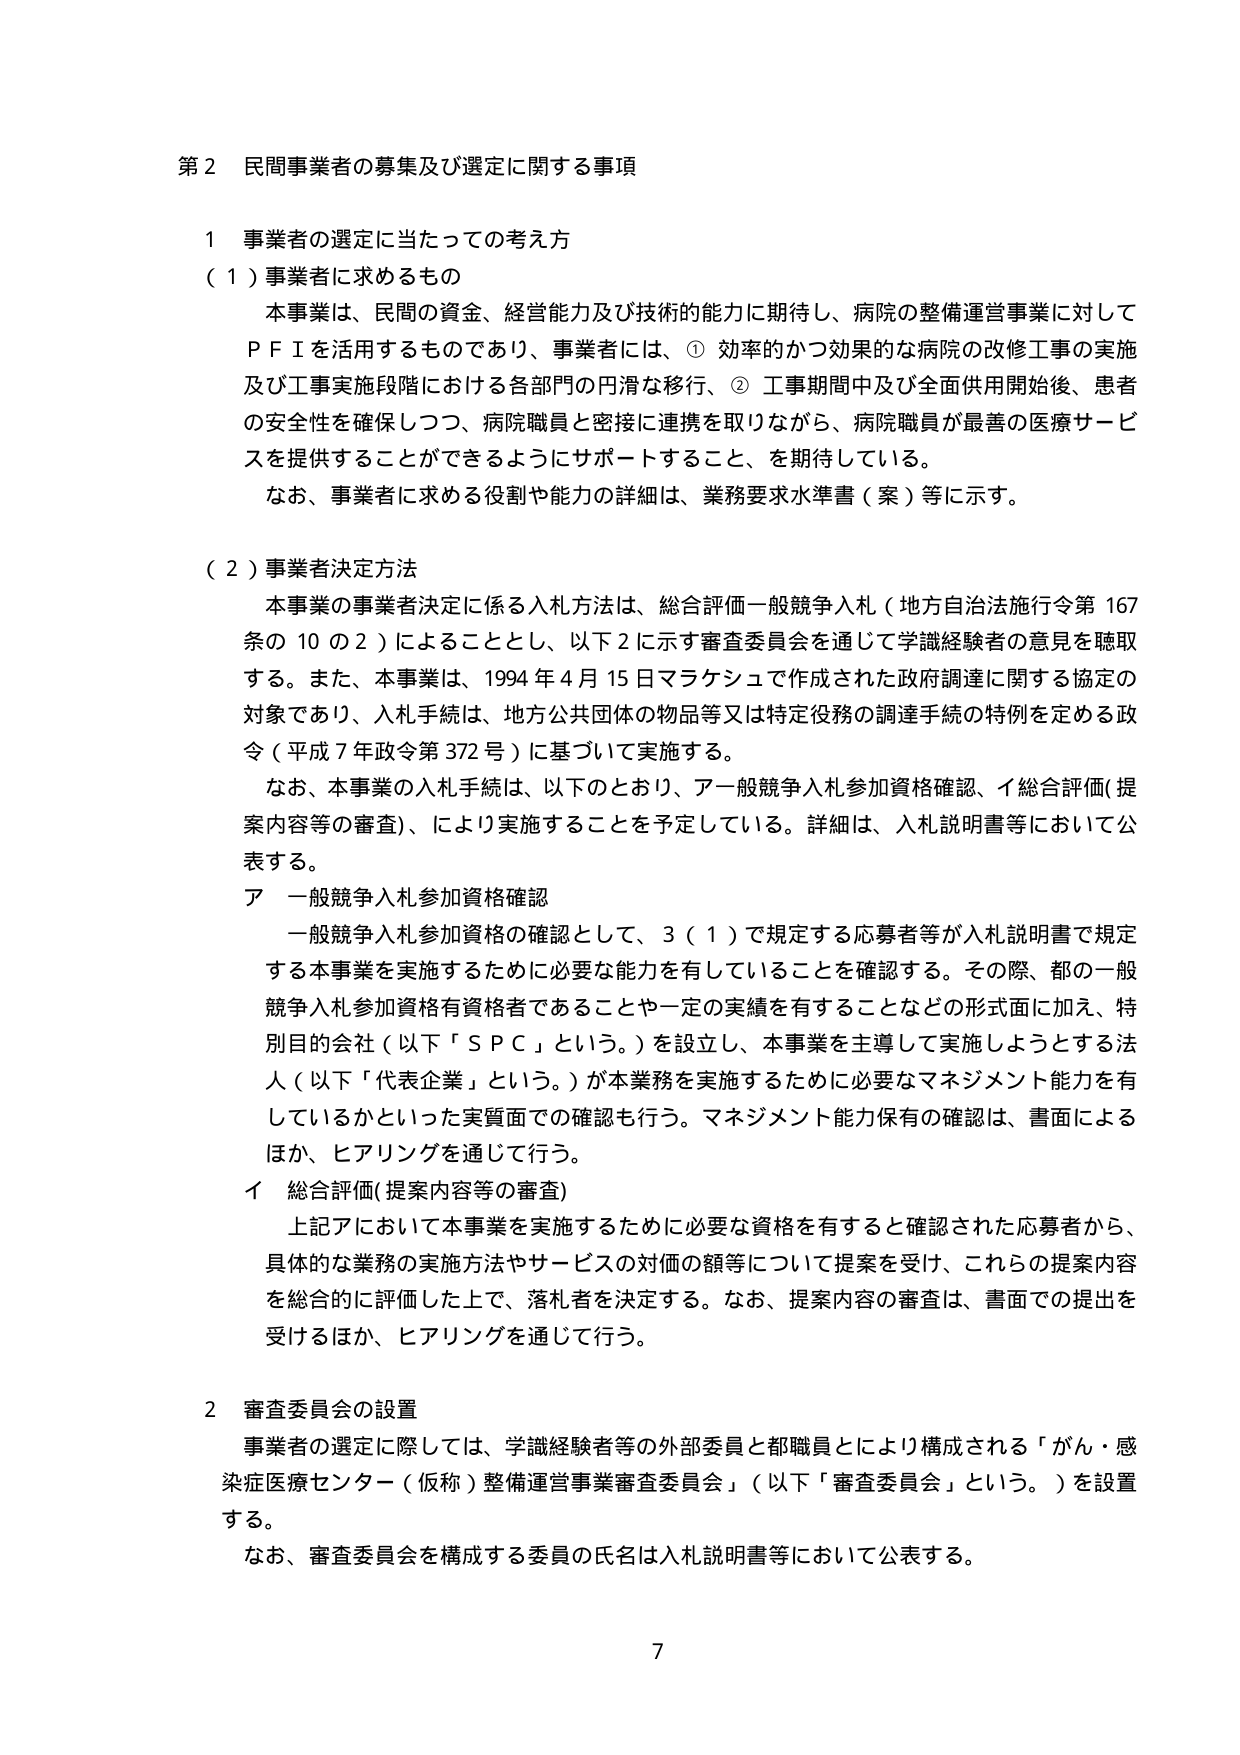
第２ 民間事業者の募集及び選定に関する事項

１ 事業者の選定に当たっての考え方

（１）事業者に求めるもの

本事業は、民間の資金、経営能力及び技術的能力に期待し、病院の整備運営事業に対してＰＦＩを活用するものであり、事業者には、①効率的かつ効果的な病院の改修工事の実施及び工事実施段階における各部門の円滑な移行、②工事期間中及び全面供用開始後、患者の安全性を確保しつつ、病院職員と密接に連携を取りながら、病院職員が最善の医療サービスを提供することができるようサポートすること、を期待している。

なお、事業者に求める役割や能力の詳細は、業務要求水準書（案）等に示す。

（２）事業者決定方法

本事業の事業者決定に係る入札方法は、総合評価一般競争入札（地方自治法施行令第167条の10の2）によることとし、以下2に示す審査委員会を通じて学識経験者の意見を聴取する。また、本事業は、1994年4月15日マラケシュで作成された政府調達に関する協定の対象であり、入札手続は、地方公共団体の物品等又は特定役務の調達手続の特例を定める政令（平成7年政令第372号）に基づいて実施する。

なお、本事業の入札手続は、以下のとおり、ア一般競争入札参加資格確認、イ総合評価（提案内容等の審査）、により実施することを予定している。詳細は、入札説明書等において公表する。

ア 一般競争入札参加資格確認

一般競争入札参加資格の確認として、3（1）で規定する応募者等が入札説明書で規定する本事業を実施するために必要な能力を有していることを確認する。その際、都の一般競争入札参加資格有資格者であることや一定の実績を有することなどの形式面に加え、特別目的会社（以下「ＳＰＣ」という。）を設立し、本事業を主導して実施しようとする法人（以下「代表企業」という。）が本業務を実施するために必要なマネジメント能力を有しているかといった実質面での確認も行う。マネジメント能力保有の確認は、書面によるほか、ヒアリングを通じて行う。

イ 総合評価（提案内容等の審査）

上記アにおいて本事業を実施するために必要な資格を有すると確認された応募者から、具体的な業務の実施方法やサービスの対価の額等について提案を受け、これらの提案内容を総合的に評価した上で、落札者を決定する。なお、提案内容の審査は、書面での提出を受けるほか、ヒアリングを通じて行う。

２ 審査委員会の設置

事業者の選定に際しては、学識経験者等の外部委員と都職員とににより構成される「がん・感染症医療センター（仮称）整備運営事業審査委員会」（以下「審査委員会」という。）を設置する。

なお、審査委員会を構成する委員の氏名は入札説明書等において公表する。

7